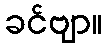
ခင်ဗျာ။